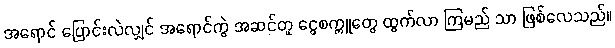
အရောင် ပြောင်းလဲလျှင် အရောင်ကွဲ အဆင်တူ ငွေစက္ကူတွေ ထွက်လာ ကြမည် သာ ဖြစ်လေသည်။